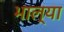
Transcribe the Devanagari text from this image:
भाल्या